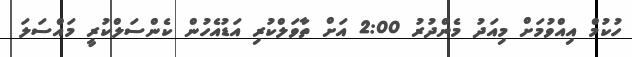
ހުކުމް އިއްވުމަށް މިއަދު މެންދުރު 2:00 އަށް ތާވަލްކުރި އަޑުއެހުން ކެންސަލްކުރީ މައްސަލަ